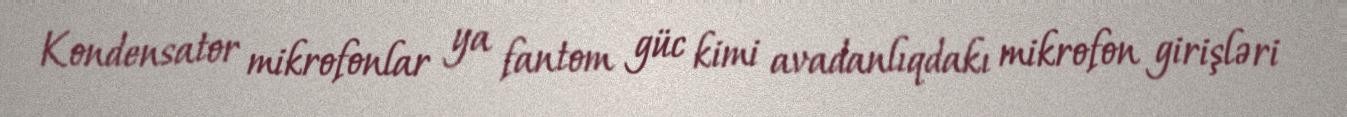
Kondensator mikrofonlar ya fantom güc kimi avadanlıqdakı mikrofon girişləri